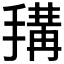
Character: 𢲱